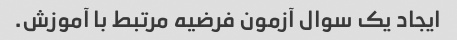
ایجاد یک سوال آزمون فرضیه مرتبط با آموزش.